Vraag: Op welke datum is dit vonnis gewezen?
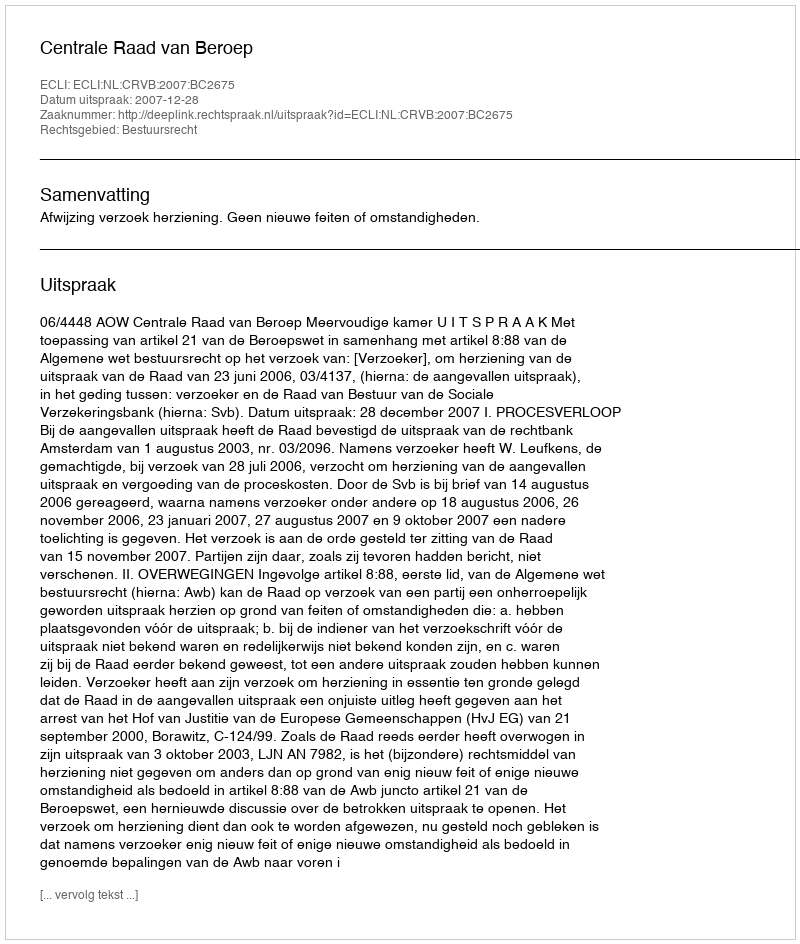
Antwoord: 2007-12-28